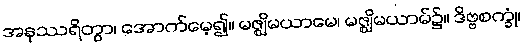
အနုဿရိတွာ၊ အောက်မေ့၍။ မဇ္ဈိမယာမေ၊ မဇ္ဈိမယာမ်၌။ ဒိဗ္ဗစက္ခုံ၊